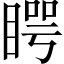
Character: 𥈭